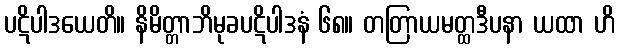
ပဋိပါဒယေတိ။ နိမိတ္တာဘိမုခပဋိပါဒနံ ၆၈။ တတြာယမတ္ထဒီပနာ ယထာ ဟိ